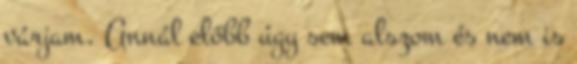
várjam. Annál előbb úgy sem alszom és nem is